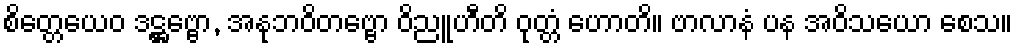
စိတ္တေယေဝ ဒဋ္ဌဗ္ဗော, အနုဘဝိတဗ္ဗော ဝိညူဟီတိ ဝုတ္တံ ဟောတိ။ ဗာလာနံ ပန အဝိသယော စေသ။